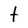
Character: t